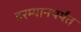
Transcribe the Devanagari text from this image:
दरम्यानपर्यंत